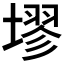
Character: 𪤗